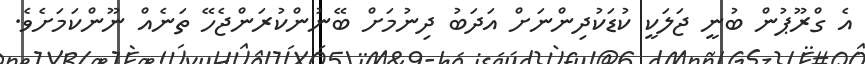
އެ ގްރޫޕުން ބުނީ ޖަލަކީ ކުޑަކުދިންނަށް އަދަބު ދިނުމަށް ބޭނުންކުރަންޖެހޭ ތަނެއް ނޫންކަމަށެވެ.